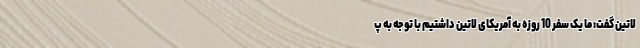
لاتین گفت: ما یک سفر 10 روزه به آمریکای لاتین داشتیم با توجه به پ